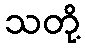
သတို့